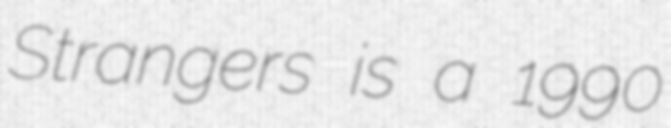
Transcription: Strangers is a 1990